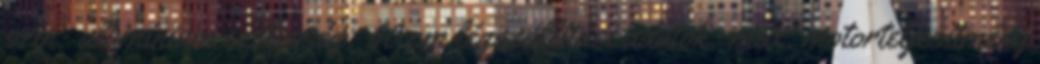
szín: alumínium szélesség: 60 cm légszállítási adatok: max. motorteljesítmény